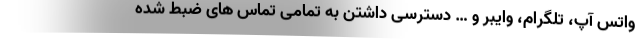
واتس آپ، تلگرام، وایبر و … دسترسی داشتن به تمامی تماس های ضبط شده